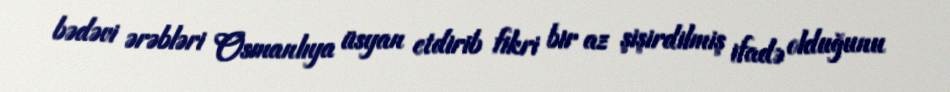
bədəvi ərəbləri Osmanlıya üsyan etdirib fikri bir az şişirdilmiş ifadə olduğunu